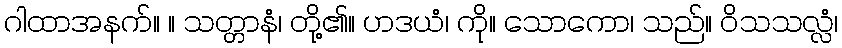
ဂါထာအနက်။ ။ သတ္တာနံ၊ တို့၏။ ဟဒယံ၊ ကို။ သောကော၊ သည်။ ဝိသသလ္လံ၊